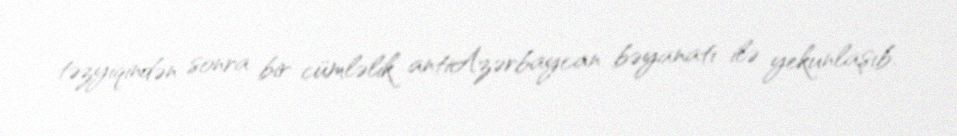
təzyiqindən sonra bir cümləlik antiAzərbaycan bəyanatı ilə yekunlaşıb.